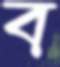
ব